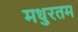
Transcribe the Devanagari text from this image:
मधुरतम